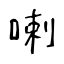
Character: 喇